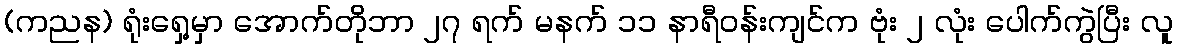
(ကညန) ရုံးရှေ့မှာ အောက်တိုဘာ ၂၇ ရက် မနက် ၁၁ နာရီဝန်းကျင်က ဗုံး ၂ လုံး ပေါက်ကွဲပြီး လူ